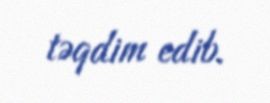
təqdim edib.